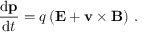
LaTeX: { \frac { \mathrm { d } \mathbf { p } } { \mathrm { d } t } } = q \left( \mathbf { E } + \mathbf { v } \times \mathbf { B } \right) \, .